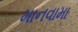
માનવામા